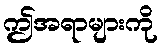
ဤအရာများကို